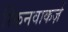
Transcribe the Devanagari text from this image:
स्किनवाकर्ज़